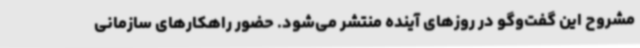
مشروح این گفت‌وگو در روزهای آینده منتشر می‌شود. حضور راهکارهای سازمانی